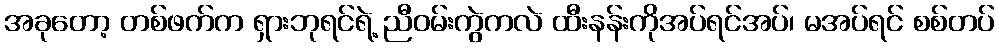
အခုတော့ တစ်ဖက်က ရှားဘုရင်ရဲ့ ညီဝမ်းကွဲကလဲ ထီးနန်းကိုအပ်ရင်အပ်၊ မအပ်ရင် စစ်တပ်